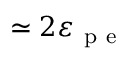
\simeq 2 \varepsilon _ { \mathrm { ~ p ~ e ~ } }